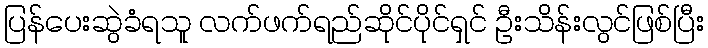
ပြန်ပေးဆွဲခံရသူ လက်ဖက်ရည်ဆိုင်ပိုင်ရှင် ဦးသိန်းလွင်ဖြစ်ပြီး